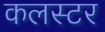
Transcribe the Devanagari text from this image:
कलस्टर